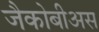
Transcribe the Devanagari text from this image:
जैकोबीअस